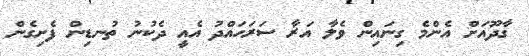
ގާދޫއަށް އެންމެ ގިނައިން ވެލާ އަރާ ސަރަހައްދު އެއީ ދެކުނު ތުނޑިން ފެށިގެން